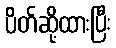
ပိတ်ဆို့ထားပြီး